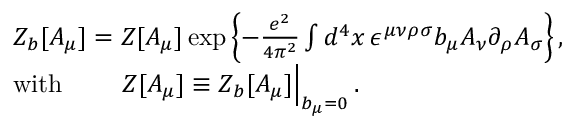
\begin{array} { r l } & { Z _ { b } [ A _ { \mu } ] = Z [ A _ { \mu } ] \exp { \left\{ - \frac { e ^ { 2 } } { 4 \pi ^ { 2 } } \int d ^ { 4 } x \, \epsilon ^ { \mu \nu \rho \sigma } b _ { \mu } A _ { \nu } \partial _ { \rho } A _ { \sigma } \right\} } \, , } \\ & { \mathrm { w i t h } \quad \quad \ Z [ A _ { \mu } ] \equiv Z _ { b } [ A _ { \mu } ] \Big | _ { b _ { \mu } = 0 } \, . } \end{array}